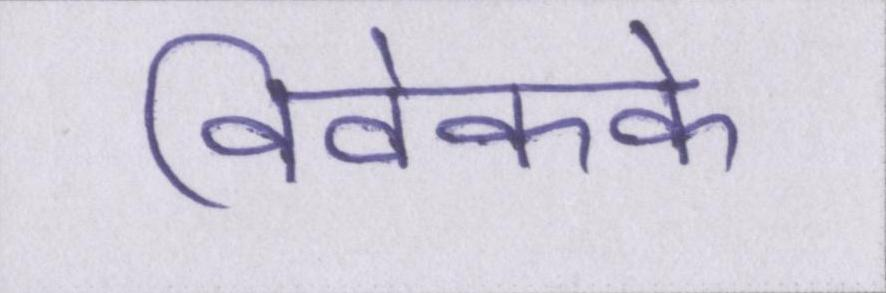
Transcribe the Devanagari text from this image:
विवेकके